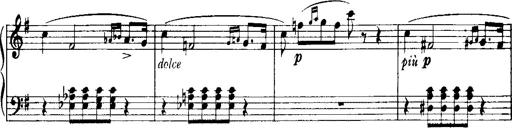
Title: Historische ungarische Bildnisse
Composer: Franz Liszt